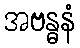
အဗန္ဓနံ